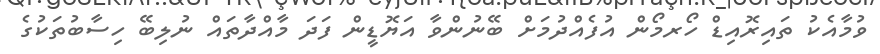
ވުމާއެކު ތައިރޮއިޑް ހޯރމޯން އުފެއްދުމަށް ބޭނުންވާ އަޔޮޑީން ފަދަ މާއްދާތައް ނުލިބޭ ހިސާބުތަކުގެ